Bréfritari: Stefanía Salómonsen
Viðtakandi: Jakobína Magnúsdóttir
Dagsetning: A-1883-07-09
Skrifað á: Eyrarlandi  Eyf.

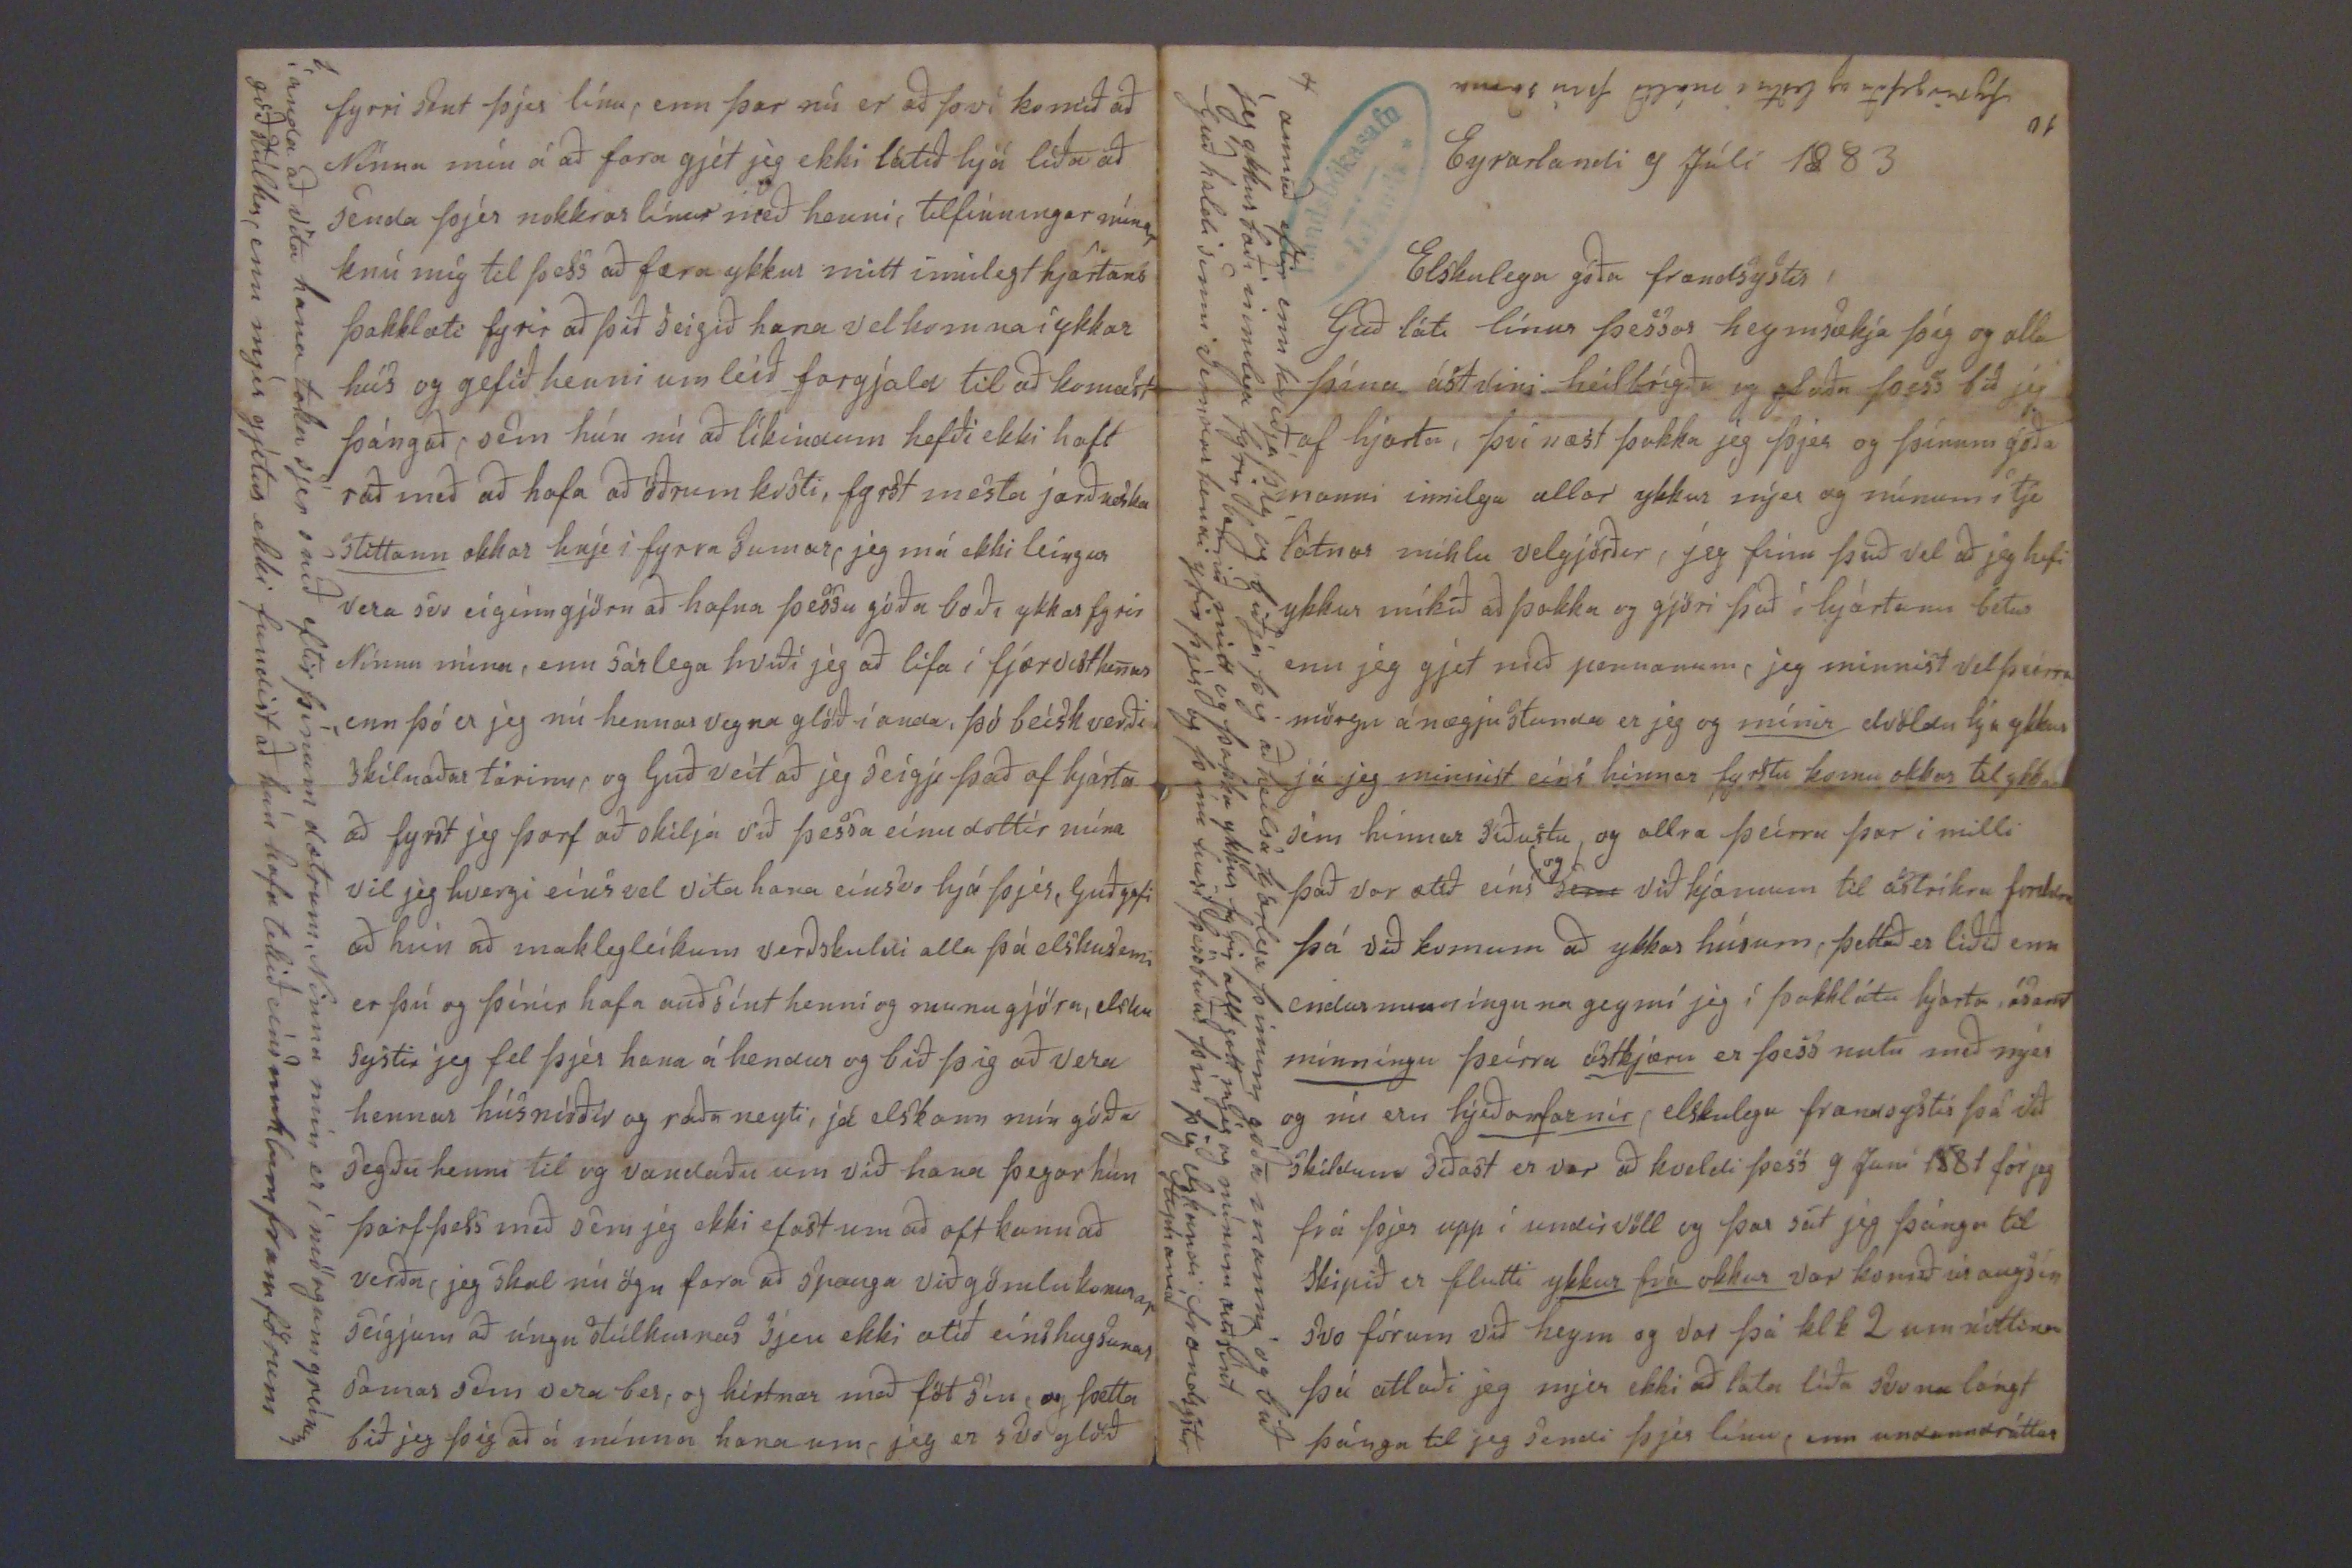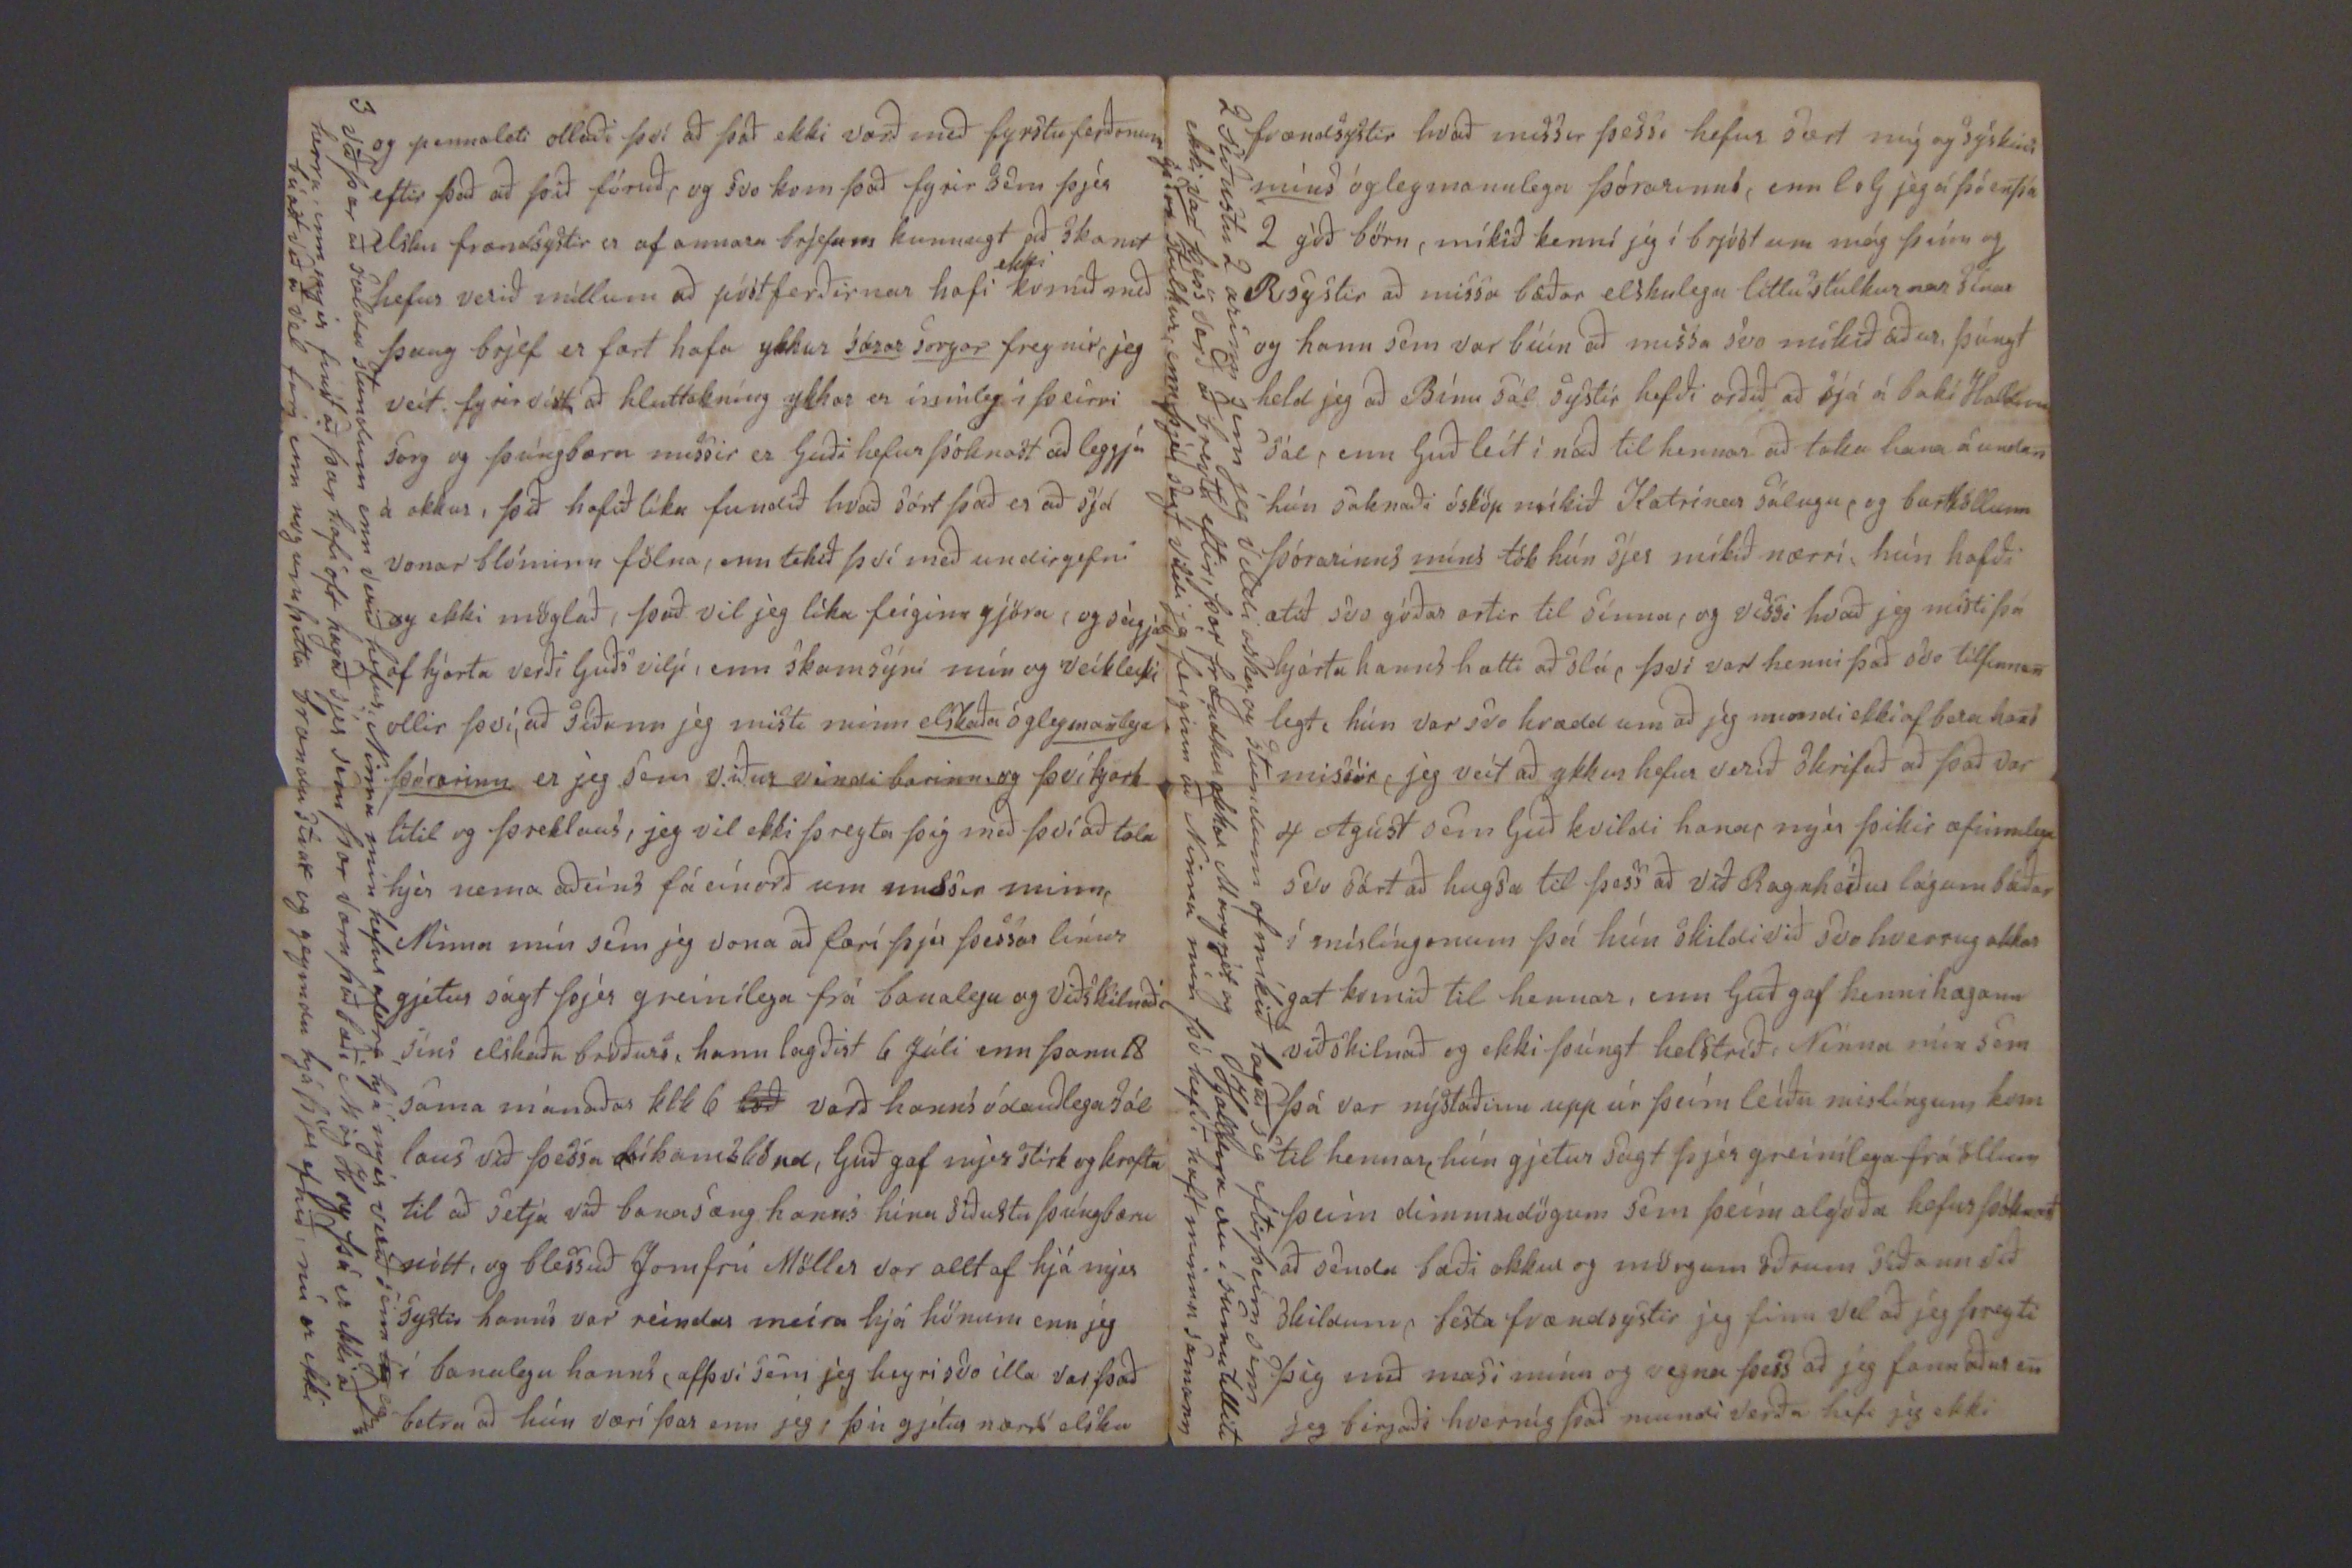

Eyrarlandi 9 Júlí 1883
Elskulega góða frændsystir!
Guð láti línur þessar heymsækja þig og alla þína ástvini heilbrigða og glaða þess bið jeg af hjarta, því næst þakka jeg þjer og þínum góða manni innilega allar ykkur mjer og mínum í tje látnar miklar velgjörðir, jeg finn það vel að jeg hafi ykkur mikið að þakka og gjöri það í hjartanu betur enn jeg gjet með pennanum, jeg minnist vel þeírra mörgu ánægjustunda er jeg og mínir dvöldu hja ykkur já jeg minnist eíns hinnar fyrstu komu okkar til ykkar sem hínnar síðustu og allra þeírra þær i milli það var ætíð eíns
og
sem
við hjónum til ástríkra foreldra þá við komum að ykkar húsum; þettað er liðið enn endurminnínguna geymi jeg í þakklátu hjarta, ásamt mínníngu þeírra ástkjæru er þess nutu með mjer og nú eru hjeðan farnir, elskulegu frændsystir þá við skildum síðast er var að kveldi þess 9 Jan 1881 fór jeg frá þjer upp í undirvöll og þar sat jeg þánga til Skipið er flutti ykkur frá okkur var komið úr augsín svo fórum við heym og var þá klk 2 um nóttina þá atlaði jeg mjer ekki að láta líða svona lángt þánga til jeg sendi þjer línu, um andanndráttar
annað eptir enn kveðja þig og biðja þig að heilsa kjærlega þínum góða manni og bið jeg ykkur bæði innilega fyrir barnið mitt og þakka ykkur fyrir allt gott mjer og mínum auðsínt Guð haldi sinni verndarhendi yfir þjer og þínu húsi þess biður þín þig elskandi frændsystir Stephanía
fyrirgefðu og lestu í málið þín sama
og pennaleti ollaði því að það ekki varð með fyrstu ferðonum eftir það að þið fóruð, og svo kom það fyrir sem þjer elsku frændsystir er af annara brjefum kunnugt að skamt hefur verið millum að póstferðirnar hafi
ekki
komið með þaug brjef er fært hafa ykkur sárar sorgar fregnir, jeg veit fyrir víst að hluttekníng ykkar er innileg í þeirri sorg og þúngbær
n
missir er Guði hefur þóknast að leggja á okkur, þið hafið líka fundið hvað sárt það er að sjá vonarblóminn fölna, enn tekið því með undirgefni og ekki möglað, það vil jeg líka feíginn gjöra, og seigja af hjarta verði Guðs vilji, enn skamsýni mín og veikleiki ollir því, að síðann jeg misti minn elskaða ógleymanlega þórarinn er jeg sem viður vindi barinn og því kjark lítil og þreklaus, jeg vil ekki þreyta þig með því að tala hjer nema aðeins fáein orð um missir minn, Ninna mín sem jeg vona að færi þjer þessar línur gjetur sagt þjer greinilega frá banalegu og viðskilnaði síns elskaða bróðurs, hann lagðist 6 Júlí enn þann 18 sama mánaðar klk 6
bæð
varð hanns ódauðlega sál laus við þessa líkamskóna, Guð gaf mjer stirk og krafta til að setja við banasæng hanns hinn síðustu þúngbæru nótt, og blessuð Jomfrú Möller var alltaf hjá mjer systir hanns var reíndar meira hjá hönum enn jeg í banalegu hanns, af því sem jeg heyri svo illa var það betra að hún væri þar enn jeg, þú gjetur nærri elska
við þær að sældu stundum enn verið hefur Ninna mín hefur aldrei hjá mjer verið sem eiginn herra, enn mjer finst að þær hafi oft hagað sjer sem þær væru það bæði Mág H og þá er ekki að búast við að vel fari enn nog um þetta brendu strax og geymdu hjá þjer efnið, nú er ekki
frændsystir hvað missir þessi hefur sært mig og syskini míns ógleymannlega þórarinns, enn l s G jeg á þó enþá 2 góð börn, mikið kenni jeg í brjóst um mág þeíra og R systir að missa báðar elskulegu litlu stúlkurnar sínar og hann sem var búin að missa svo mikið áður, þúngt held jeg að Bínu sál hefði orðið að sjá á baki Halldóru sál, enn Guð leit í náð til hennar að taka hana á undan hún saknaði ósköp mikið Katrínar sálugu, og burtköllunn þórarinns míns tók hún sjer mikið nærri, hún hafði ætíð svo góðar
ortir
til sínna, og vissi hvað jeg misti þá hjarta hanns hætti að slá, því var henni það svo tilfinnan legt, hún var svo hrædd um að jeg mundi ekki af bera hvað missir, jeg veit að ykkur hefur verið skrifað að það var 4 Agúst sem Guð kveldi hana, mjer þikir æfinnlega svo sárt að hugsa til þes að við Ragnheiður lágum báðar í mislíngonum þá hún skildi við svo hvorrug okkar gat komið til hennar, enn Guð gaf henni hægann viðskilnað og ekki þúngt helstríð. Ninna mín sem þá var nýstaðinn upp úr þeím leíðu mislíngum kom til hennar, hún gjetur sagt þjer greinilega frá öllum þeím dimmudögum sem þeím algóða hefur þóknað að senda bæði okkur og mörgum öðrum síðann við skildum, festa frændsystir jeg finn vel að jeg þreyti þig með masi mínu og vegna þess að jeg fann áður en jeg birjaði hvernig það mundi verða hefi jeg ekki
2 síðustu 2 arinn sem jeg vildi óska, og stundum of mikið lagað sig eftir þeim sem ekki var þess verð að breyta eftir, þar frændku okkar Margrjet og Halldora eru í sumu tilliti góðar stúlkur, enn
þj000 slegt
vildi jeg feíginn að Ninna mín þó hefði haft minna samann
fyrri sent þjer línu, enn þar nú er að því komið að Ninna mín á að fara gjet jeg ekki látið hjá líða að senda þjer nokkrar línur með henni, tilfínningar mínar knú mig til þess að færa ykkur mitt innilegt hjartans þakklæti fyrir að þið seigið hana velkomna í ykkar hús og gefið henni um leið forgjald til að komast þángað, sem hún nú að líkindum hefði ekki haft ráð með að hafa að öðrum kosti, fyrst mesta jarðneska sléttann okkar knje í fyrra sumar, jeg má ekki leíngur vera svo eíginngjörn að hafna þessu góða boði ykkar fyrir Nínnu mína, enn sárlega hvíði jeg að lifa í fjarvist henar -, enn þó er jeg nú hennar vegna glöð í anda, þó beisk verði skilnaðuar tárinn, og Guð veit að jeg seigji það af hjarta að fyrst jeg þarf að skilja við þessa eínu dottir mína vil jeg hvergi eíns vel vita hana sínsvo hjá þjer, Guð gefi að hún að maklegleikum verðskuldi alla þá elskusemi er þú og þínir hafa auðsínt henni og munu gjöra, elsku systir jeg fel þjer hana á hendur og bið þig að vera hennar húsmóðir og ráðuneyti, já elskann mín góða segðu henni til og vandaðu um við hana þegar hún þarf þess með sem jeg ekki efast um að oft kann að verða, jeg skal nú ögn fara að spauga við gömlu konunar seigjum að úngu stúlkurnar sjeu ætíð eíns hugsunar samar sem vera ber, og hirtnar með föt sín, og þetta bið jeg að á mínna hana um, jeg er svo glöð
í anda að vita hana taka sjer snið eftir þínum dætrum, Ninna mín er í mörgum greinum góð stúlka, enn mjer gjetur ekki fundist að hún hafa tekið eins miklum framförum